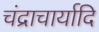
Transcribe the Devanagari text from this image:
चंद्राचार्यादि